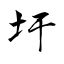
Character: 圩